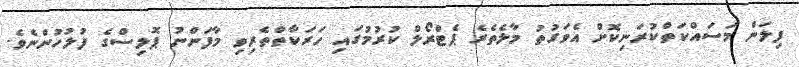
ފިލަން މަސައްކަތްކުރަނިކޮށް އެވަގުތު މާލެތެރެ ޕެޓްރޯލް ކުރުމުގައި ހަރަކާތްތެރިވި މާފަންނު ޕޮލިސްގެ ފުލުހުންނެވެ.